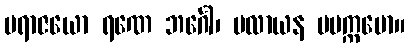
ပရာဇယော ရဏေ ဘင်္ဂေါ၊ ပလာယန မပက္ကမော။